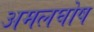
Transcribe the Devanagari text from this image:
अमलघोष